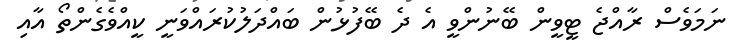
ނަމަވެސް ރާއްޖެ ޓީވީން ބޭނުންވީ އެ ދެ ބޭފުޅުން ބައްދަލުކުރައްވަނީ ކީއްވެގެންތޯ އާއި